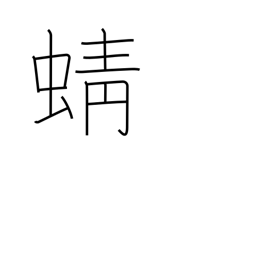
Meaning: dragonfly